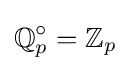
\mathbb {Q} _{p}^{\circ }=\mathbb {Z} _{p}